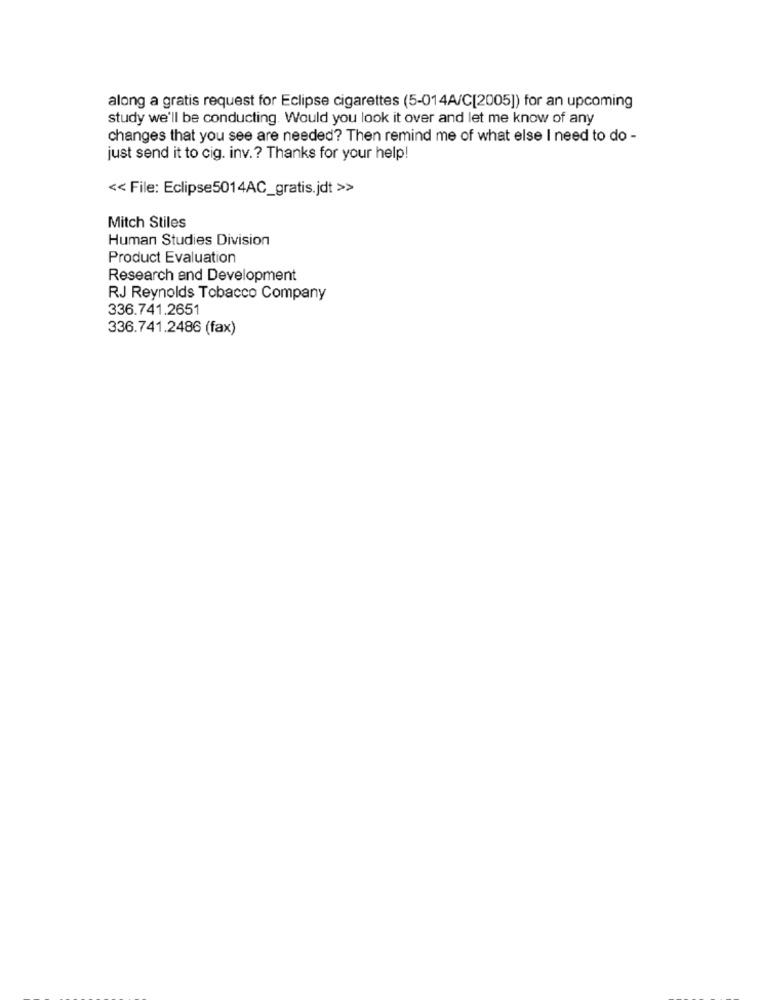
along a gratis request for Eclipse cigarettes (5-014A/C[2005]) for an upcoming
study we'll be conducting. Would you look it over and let me know of any
changes that you see are needed? Then remind me of what else I need to do -
just send it to cig. inv .? Thanks for your help!
<< File: Eclipse5014AC_gratis.jdt >>
Mitch Stiles
Human Studies Division
Product Evaluation
Research and Development
RJ Reynolds Tobacco Company
336.741.2651
336.741.2486 (fax)